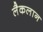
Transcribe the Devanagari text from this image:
लैकलान